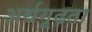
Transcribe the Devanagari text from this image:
अर्थगूढ़ता